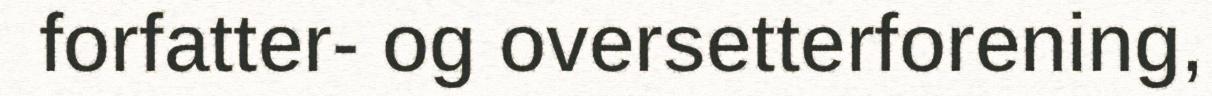
forfatter- og oversetterforening,